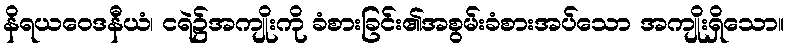
နိရယဝေဒနီယံ၊ ငရဲ၌အကျိုးကို ခံစားခြင်း၏အစွမ်းခံစားအပ်သော အကျိုးရှိသော။